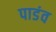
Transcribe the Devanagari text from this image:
पाडंव